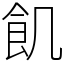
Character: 飢